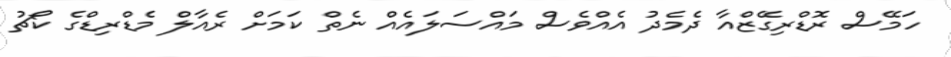
ހަމޭސް ރޮޑްރިގޭޒްއާ ދެމެދު އެއްވެސް މައްސަލައެއް ނެތް ކަމަށް ރެއާލް މެޑްރިޑްގެ ކޯޗު